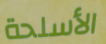
الأسلحة